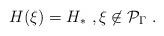
LaTeX: \begin{align*} H(\xi) = H_* \ , \xi\not\in\mathcal{P}_\Gamma\ . \end{align*}